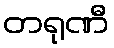
တရုဏီ